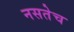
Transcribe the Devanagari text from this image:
नसतेच